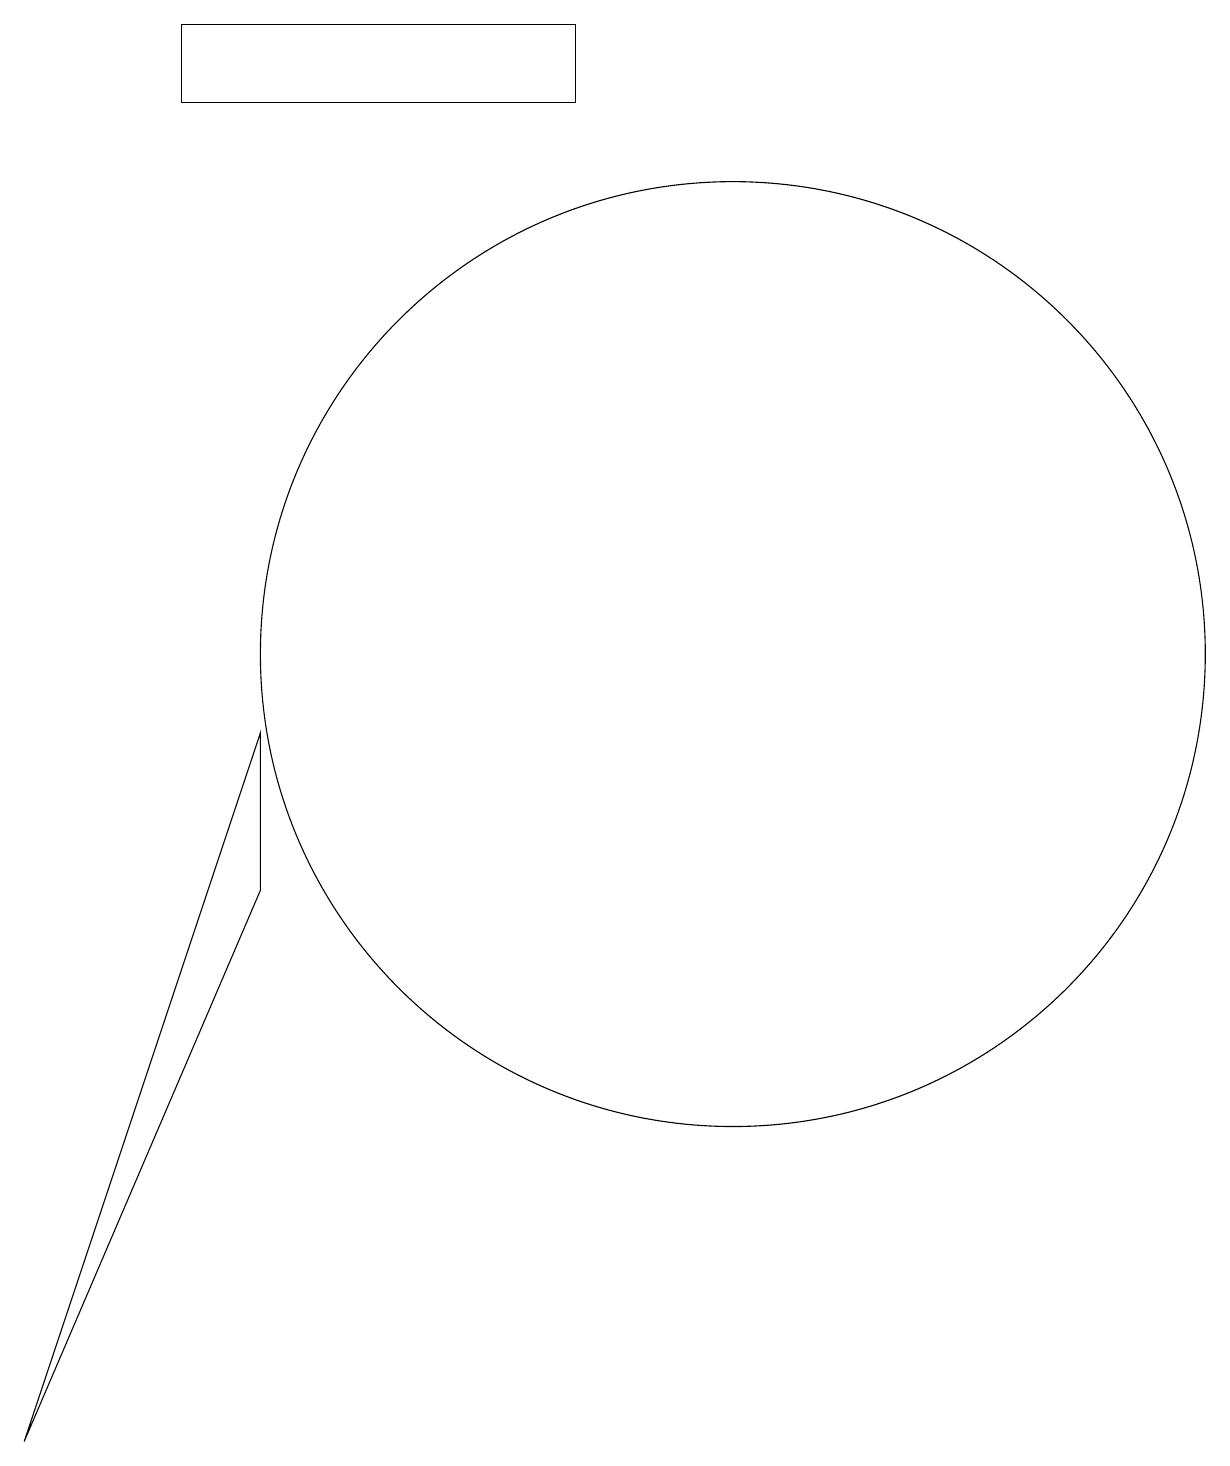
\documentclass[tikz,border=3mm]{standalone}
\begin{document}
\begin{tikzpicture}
\draw (2,0) -- (5,7) -- (5,9) -- cycle;
\draw (4,17) rectangle (9,18);
\draw (11,10) circle (6);
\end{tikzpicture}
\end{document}